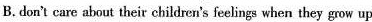
B. don't care about their children's feelings when they grow up